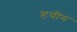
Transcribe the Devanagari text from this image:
हवीय